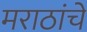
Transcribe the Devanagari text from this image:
मराठांचे